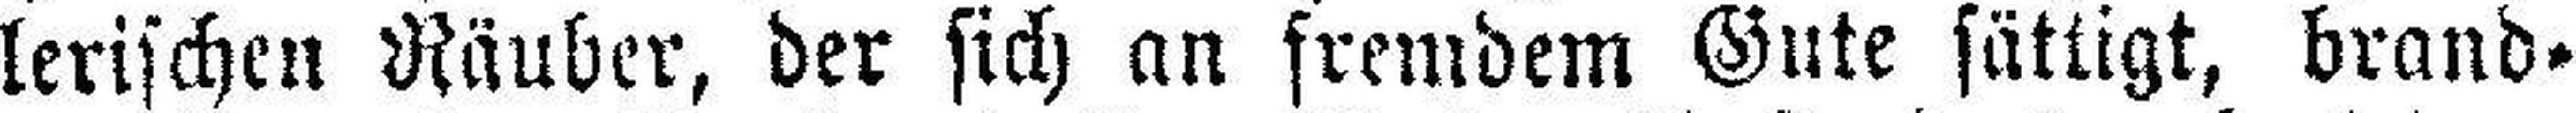
lerischen Räuber, der sich an fremdem Gute sättigt, brand¬